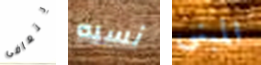
يتعافى نسبه المبنى